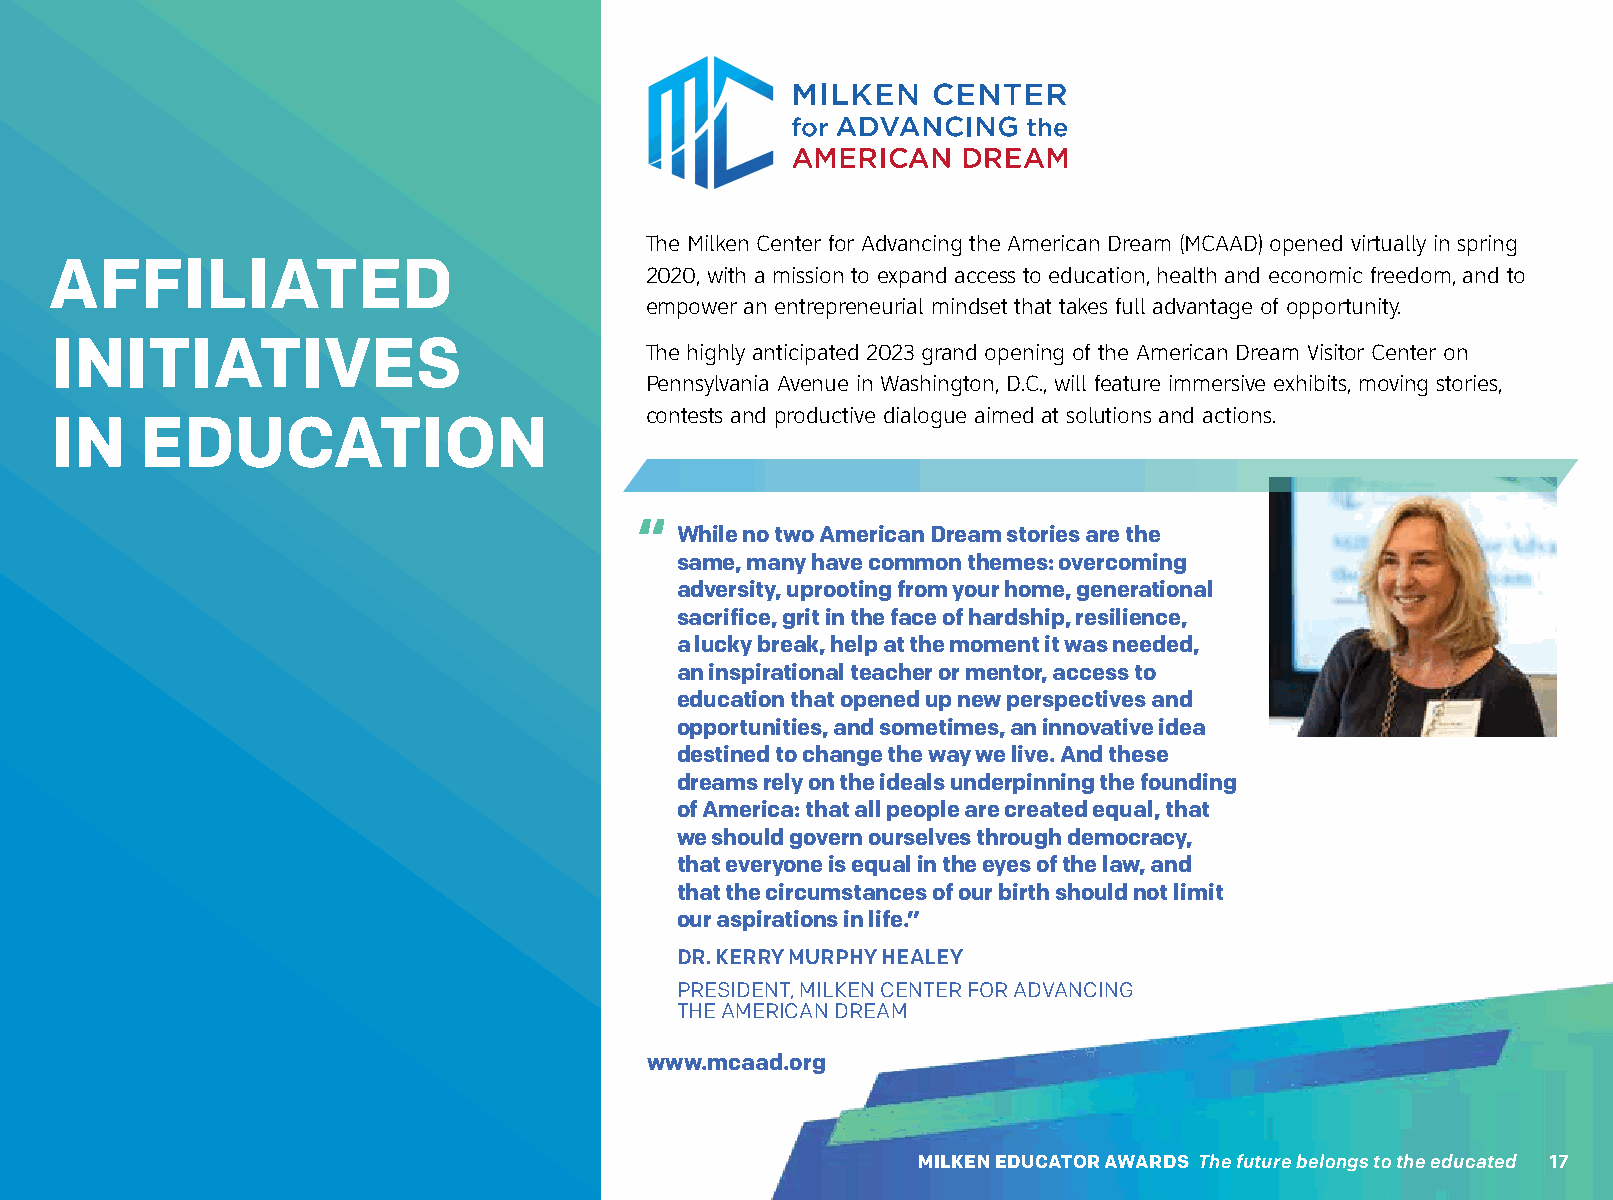
The Milken Center for Advancing the American Dream (MCAAD) opened virtually in spring
 AFFILIATED
 2020, with a mission to expand access to education, health and economic freedom, and to
 empower an entrepreneurial mindset that takes full advantage of opportunity.
 INITIATIVES
 The highly anticipated 2023 grand opening of the American Dream Visitor Center on
 Pennsylvania Avenue in Washington, D.C., will feature immersive exhibits, moving stories,
 contests and productive dialogue aimed at solutions and actions.
 IN    EDUCATION
 “
 While no two American Dream stories are the
 same, many have common themes: overcoming
 adversity, uprooting from your home, generational
 sacrifice, grit in the face of hardship, resilience,
 a lucky break, help at the moment it was needed,
 an inspirational teacher or mentor, access to
 education that opened up new perspectives and
 opportunities, and sometimes, an innovative idea
 destined to change the way we live. And these
 dreams rely on the ideals underpinning the founding
 of America: that all people are created equal, that
 we should govern ourselves through democracy,
 that everyone is equal in the eyes of the law, and
 that the circumstances of our birth should not limit
 our aspirations in life.”
 DR. KERRY MURPHY HEALEY
 PRESIDENT, MILKEN CENTER FOR ADVANCING
 THE AMERICAN DREAM
 www.mcaad.org
 MILKEN EDUCATOR AWARDS The future belongs to the educated 17